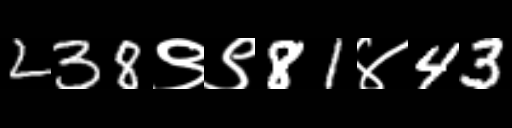
Text: 238९९81४43